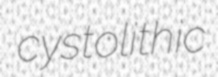
cystolithic